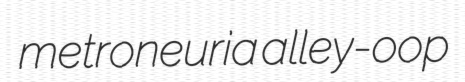
metroneuria alley-oop